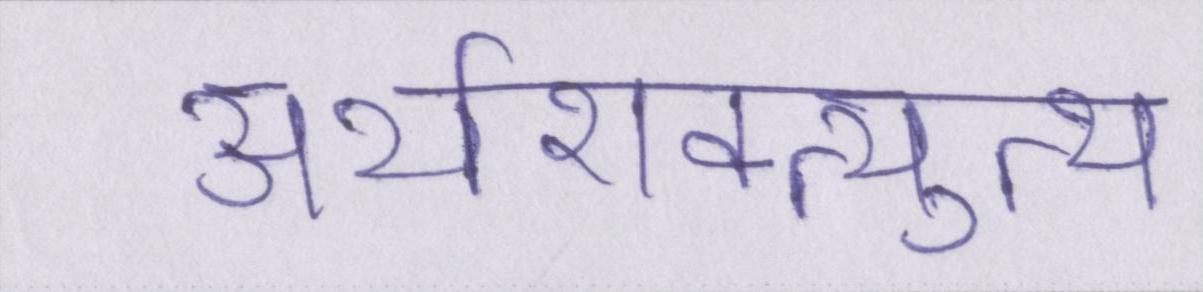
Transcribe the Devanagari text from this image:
अर्थशक्त्युत्थ